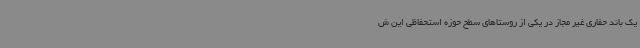
یک باند حفاری غیر مجاز در یکی از روستاهای سطح حوزه استحفاظی این ش